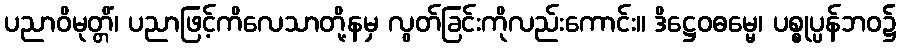
ပညာဝိမုတ္တိံ၊ ပညာဖြင့်ကိလေသာတို့နမှ လွတ်ခြင်းကိုလည်းကောင်း။ ဒိဋ္ဌေဝဓမ္မေ၊ ပစ္စုပ္ပန်ဘဝ၌